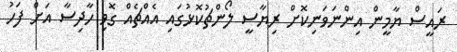
ރައީސް ޔާމީން އިންނަވަނިކޮށް ރިޔާސީ ލޯންޗުކޮޅުގައި އެއްޗެއް ގޮވި ހާދިސާ އަށް ފަހު